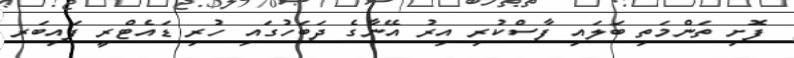
ފޮށި ތަންމަތި ބަލައި ފާސްކުރި އިރު އޭނާގެ ދަބަހުގައި ހުރި ޑައެޓްރީ ފައިބަރ